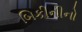
બિકીનીનો